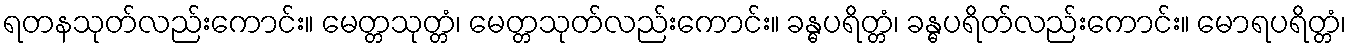
ရတနသုတ်လည်းကောင်း။ မေတ္တသုတ္တံ၊ မေတ္တသုတ်လည်းကောင်း။ ခန္ဓပရိတ္တံ၊ ခန္ဓပရိတ်လည်းကောင်း။ မောရပရိတ္တံ၊